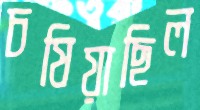
চষিয়াছিল